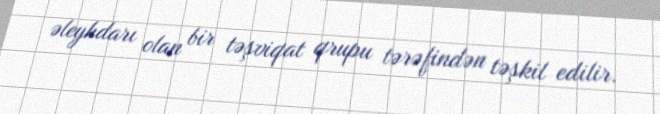
əleyhdarı olan bir təşviqat qrupu tərəfindən təşkil edilir.